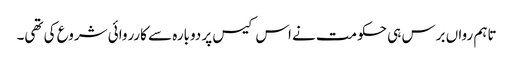
تاہم رواں برس ہی حکومت نے اس کیس پر دوبارہ سے کارروائی شروع کی تھی۔